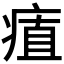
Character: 𭼔